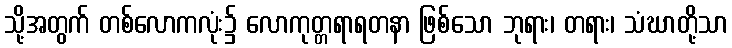
သို့အတွက် တစ်လောကလုံး၌ လောကုတ္တရာရတနာ ဖြစ်သော ဘုရား၊ တရား၊ သံဃာတို့သာ